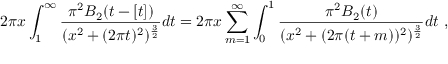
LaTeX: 2 \pi x \int _ { 1 } ^ { \infty } { \frac { \pi ^ { 2 } B _ { 2 } ( t - [ t ] ) } { ( x ^ { 2 } + ( 2 \pi t ) ^ { 2 } ) ^ { { \frac { 3 } { 2 } } } } } d t = 2 \pi x \sum _ { m = 1 } ^ { \infty } \int _ { 0 } ^ { 1 } { \frac { \pi ^ { 2 } B _ { 2 } ( t ) } { ( x ^ { 2 } + ( 2 \pi ( t + m ) ) ^ { 2 } ) ^ { { \frac { 3 } { 2 } } } } } d t \ ,